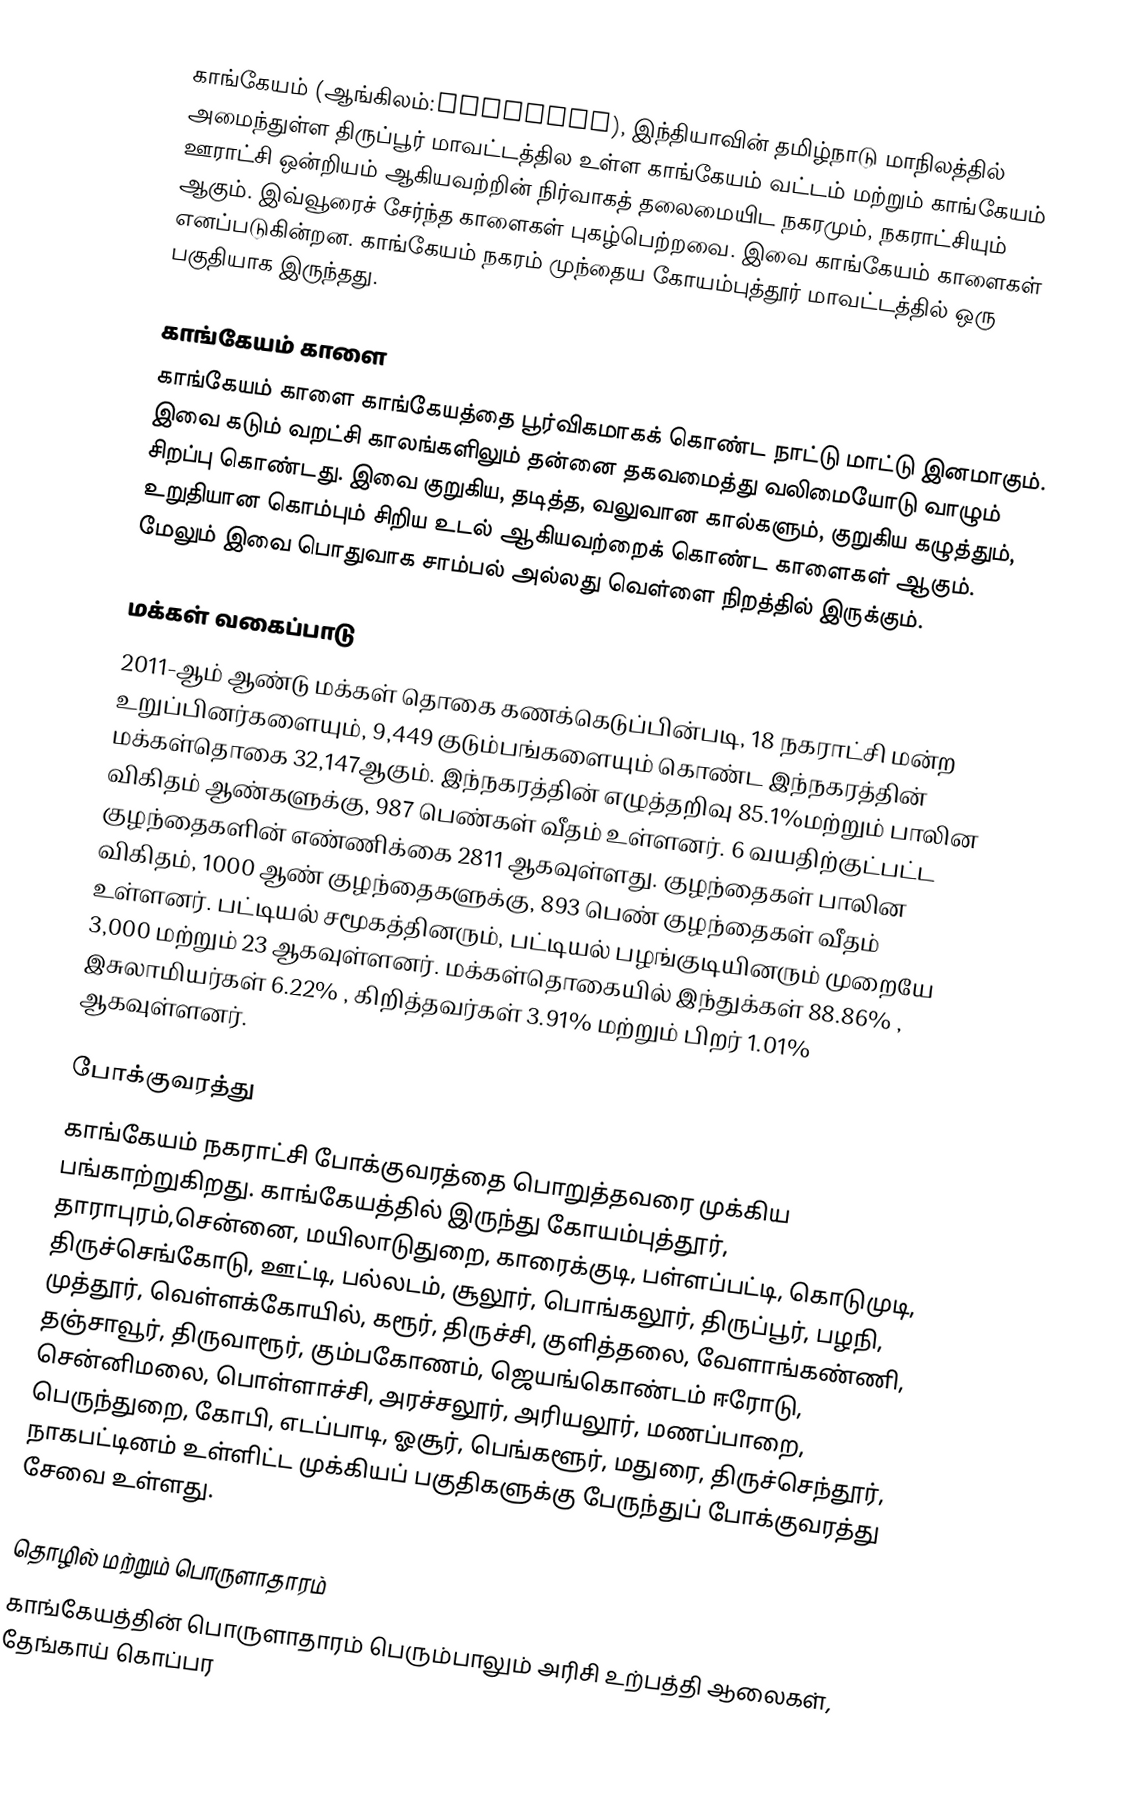
காங்கேயம் (ஆங்கிலம்:Kangeyam), இந்தியாவின் தமிழ்நாடு மாநிலத்தில் அமைந்துள்ள திருப்பூர் மாவட்டத்தில உள்ள காங்கேயம் வட்டம் மற்றும் காங்கேயம் ஊராட்சி ஒன்றியம் ஆகியவற்றின் நிர்வாகத் தலைமையிட நகரமும், நகராட்சியும் ஆகும். இவ்வூரைச் சேர்ந்த காளைகள் புகழ்பெற்றவை. இவை காங்கேயம் காளைகள் எனப்படுகின்றன. காங்கேயம் நகரம் முந்தைய  கோயம்புத்தூர் மாவட்டத்தில் ஒரு பகுதியாக இருந்தது.

காங்கேயம் காளை
காங்கேயம் காளை காங்கேயத்தை பூர்விகமாகக் கொண்ட நாட்டு மாட்டு இனமாகும். இவை கடும் வறட்சி காலங்களிலும் தன்னை தகவமைத்து வலிமையோடு வாழும் சிறப்பு கொண்டது. இவை குறுகிய, தடித்த, வலுவான கால்களும், குறுகிய கழுத்தும், உறுதியான கொம்பும்  சிறிய உடல் ஆகியவற்றைக் கொண்ட காளைகள் ஆகும். மேலும் இவை பொதுவாக சாம்பல் அல்லது வெள்ளை நிறத்தில் இருக்கும்.

மக்கள் வகைப்பாடு
2011-ஆம் ஆண்டு மக்கள் தொகை கணக்கெடுப்பின்படி, 18 நகராட்சி மன்ற உறுப்பினர்களையும்,  9,449 குடும்பங்களையும் கொண்ட இந்நகரத்தின் மக்கள்தொகை 32,147ஆகும். இந்நகரத்தின் எழுத்தறிவு 85.1%மற்றும் பாலின விகிதம் ஆண்களுக்கு, 987 பெண்கள் வீதம் உள்ளனர். 6 வயதிற்குட்பட்ட குழந்தைகளின் எண்ணிக்கை 2811 ஆகவுள்ளது. குழந்தைகள் பாலின விகிதம், 1000 ஆண் குழந்தைகளுக்கு, 893 பெண் குழந்தைகள் வீதம் உள்ளனர். பட்டியல் சமூகத்தினரும், பட்டியல் பழங்குடியினரும் முறையே 3,000 மற்றும் 23  ஆகவுள்ளனர். மக்கள்தொகையில் இந்துக்கள் 88.86% ,  இசுலாமியர்கள் 6.22% , கிறித்தவர்கள் 3.91%  மற்றும்  பிறர் 1.01% ஆகவுள்ளனர்.

போக்குவரத்து
காங்கேயம் நகராட்சி போக்குவரத்தை பொறுத்தவரை முக்கிய பங்காற்றுகிறது. காங்கேயத்தில் இருந்து கோயம்புத்தூர், தாராபுரம்,சென்னை, மயிலாடுதுறை, காரைக்குடி, பள்ளப்பட்டி, கொடுமுடி, திருச்செங்கோடு, ஊட்டி, பல்லடம், சூலூர், பொங்கலூர், திருப்பூர், பழநி, முத்தூர், வெள்ளக்கோயில், கரூர், திருச்சி, குளித்தலை, வேளாங்கண்ணி, தஞ்சாவூர், திருவாரூர், கும்பகோணம், ஜெயங்கொண்டம் ஈரோடு, சென்னிமலை, பொள்ளாச்சி, அரச்சலூர், அரியலூர், மணப்பாறை, பெருந்துறை, கோபி, எடப்பாடி, ஓசூர், பெங்களூர், மதுரை, திருச்செந்தூர், நாகபட்டினம் உள்ளிட்ட முக்கியப் பகுதிகளுக்கு பேருந்துப் போக்குவரத்து சேவை உள்ளது.

தொழில் மற்றும் பொருளாதாரம்
காங்கேயத்தின் பொருளாதாரம் பெரும்பாலும் அரிசி உற்பத்தி ஆலைகள், தேங்காய் கொப்பர